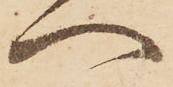
へ